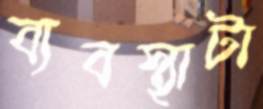
ব্যবস্থাটা